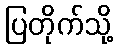
ပြတိုက်သို့